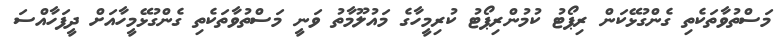
މަސްތުވާތަކެތި ގެންގުޅޭކަން ރިޕޯޓު ކުުމުންރިޕޯޓު ކުރިމީހާގެ މައުލޫމާތު ވަނީ މަސްތުވާތަކެތި ގެންގުޅޭމީހާއަށް ދީފަހާއްސަ